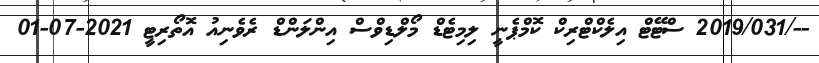
--/2019/031 ސްޓޭޓް އިލެކްޓްރިކް ކޮމްޕެނީ ލިމިޓެޑް މޯލްޑިވްސް އިންލަންޑް ރެވެނިއު އޮތޯރިޓީ 2021-07-01